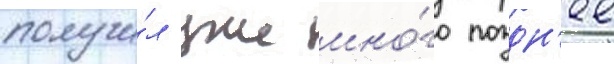
получи́л уже мно́го поздн'ее